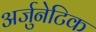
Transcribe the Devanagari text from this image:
अर्जुनेटिक